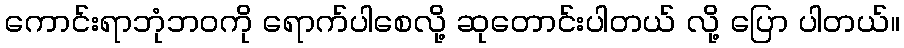
ကောင်းရာဘုံဘဝကို ရောက်ပါစေလို့ ဆုတောင်းပါတယ် လို့ ပြော ပါတယ်။